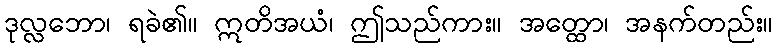
ဒုလ္လဘော၊ ရခဲ၏။ ဣတိအယံ၊ ဤသည်ကား။ အတ္ထော၊ အနက်တည်း။